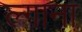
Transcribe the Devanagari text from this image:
ल्गाना